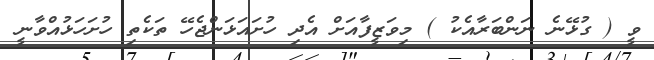
ވީ ( ގުޅޭނެ ނަންބަރާއެކު ) މިވަޒީފާއަށް އެދި ހުށައަޅަންޖެހޭ ތަކެތި ހުށަހަޅުއްވާނީ